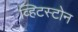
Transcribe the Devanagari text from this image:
व्हिटस्टोन